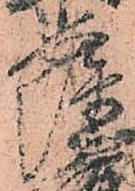
薩